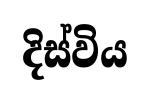
දිස්විය